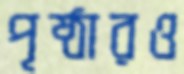
পৃষ্ঠারও